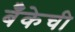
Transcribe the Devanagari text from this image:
बॅँकेची